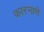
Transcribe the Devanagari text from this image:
कारनाणे